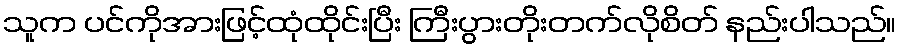
သူက ပင်ကိုအားဖြင့်ထုံထိုင်းပြီး ကြီးပွားတိုးတက်လိုစိတ် နည်းပါသည်။